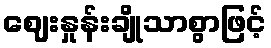
ဈေးနှုန်းချိုသာစွာဖြင့်